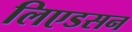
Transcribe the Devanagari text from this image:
लिएडसन